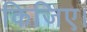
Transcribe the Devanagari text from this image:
किजिए।